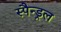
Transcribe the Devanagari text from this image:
स्पैन्ड्रल